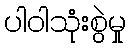
ပါဝါသုံးစွဲမှု